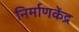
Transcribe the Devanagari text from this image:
निर्माणकेंद्र